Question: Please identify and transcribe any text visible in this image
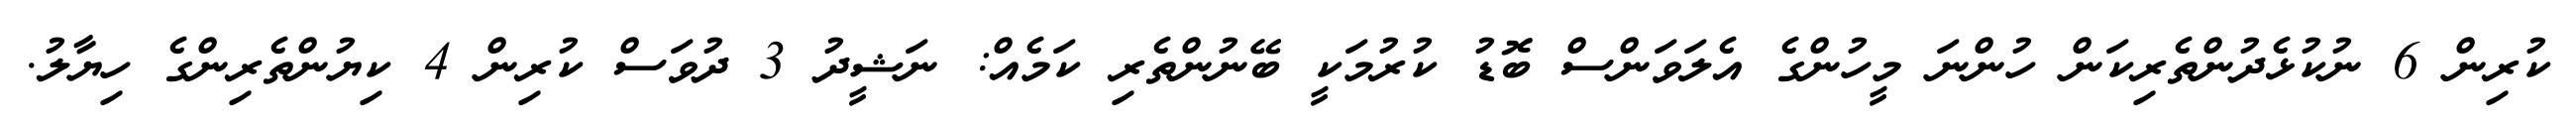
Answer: ކުރިން 6 ނުކުޅެދުންތެރިކަން ހުންނަ މީހުންގެ އެލަވަންސް ބޮޑު ކުރުމަކީ ބޭނުންތެރި ކަމެއް: ނަޝީދު 3 ދުވަސް ކުރިން 4 ކިޔުންތެރިންގެ ހިޔާލު.